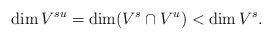
LaTeX: \begin{align*}\dim V^{su}=\dim (V^s\cap V^u) < \dim V^s.\end{align*}